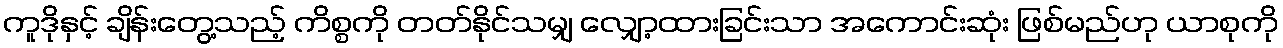
ကူဒိုနှင့် ချိန်းတွေ့သည့် ကိစ္စကို တတ်နိုင်သမျှ လျှော့ထားခြင်းသာ အကောင်းဆုံး ဖြစ်မည်ဟု ယာစုကို